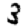
Digit: 3